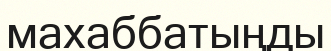
махаббатыңды